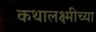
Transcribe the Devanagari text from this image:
कथालक्ष्मीच्या